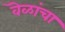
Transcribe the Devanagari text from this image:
वॆळांचा